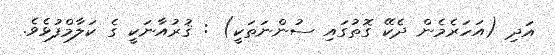
އަދި (އަހަރެމެން ދެކޭ ގޮތުގައި ސުންނަތަކީ) : ޤުރުއާނަކީ ގެ ކަލާމްފުޅެވެ.